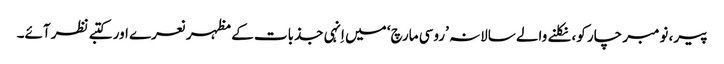
پیر، نومبر چار کو، نکلنے والے سالانہ ’روسی مارچ‘ میں اِنہی جذبات کے مظہر نعرے اور کتبے نظر آئے۔